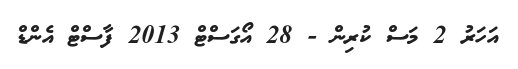
އަހަރު 2 މަސް ކުރިން - 28 އޯގަސްޓް 2013 ފާސްޓް އެންޑް